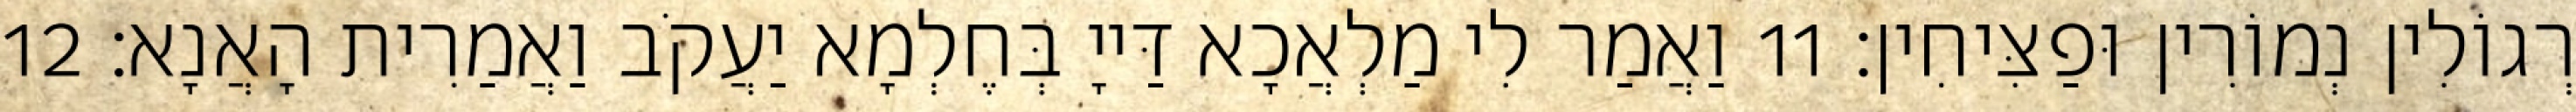
רְגוֹלִין נְמוֹרִין וּפַצִּיחִין׃ 11 וַאֲמַר לִי מַלְאֲכָא דַּייָ בְּחֶלְמָא יַעֲקֹב וַאֲמַרִית הָאֲנָא׃ 12